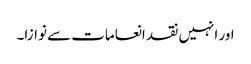
اور انہیں نقد انعامات سے نوازا۔